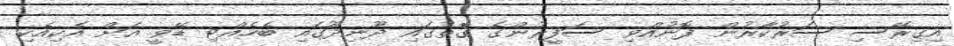
އިގިރޭސި ސަރުކާރުން ފޮނުއްވި ސަފީރުންގެ ގޮތުގައި ދޫނިދޫގައި ބެހެއްޓި ޑޭވީ އަށް އެކިއެކި